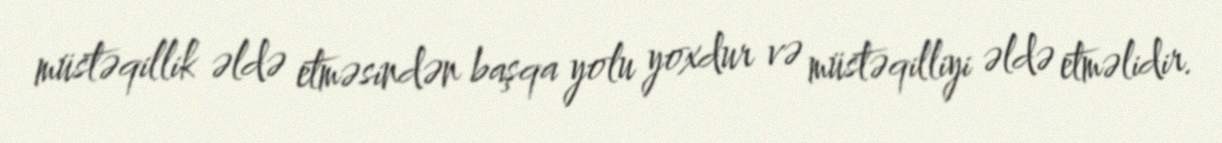
müstəqillik əldə etməsindən başqa yolu yoxdur və müstəqilliyi əldə etməlidir.